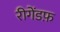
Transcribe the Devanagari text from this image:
रीगेंडफ़